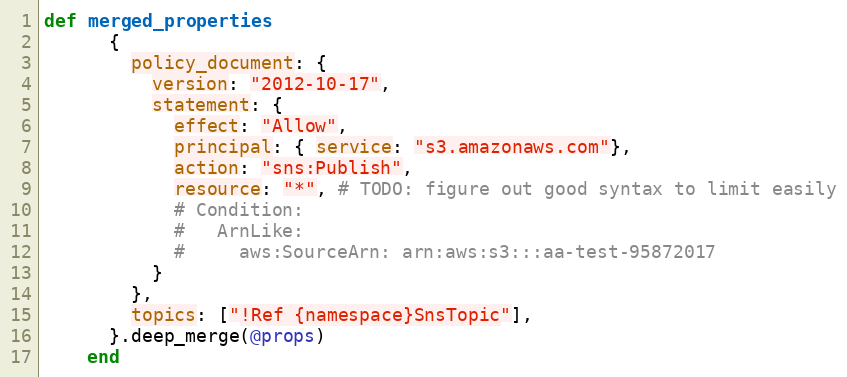
Language: Ruby
def merged_properties
      {
        policy_document: {
          version: "2012-10-17",
          statement: {
            effect: "Allow",
            principal: { service: "s3.amazonaws.com"},
            action: "sns:Publish",
            resource: "*", # TODO: figure out good syntax to limit easily
            # Condition:
            #   ArnLike:
            #     aws:SourceArn: arn:aws:s3:::aa-test-95872017
          }
        },
        topics: ["!Ref {namespace}SnsTopic"],
      }.deep_merge(@props)
    end